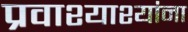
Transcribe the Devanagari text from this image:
प्रवाश्याश्यांना